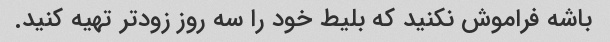
باشه فراموش نکنید که بلیط خود را سه روز زودتر تهیه کنید.